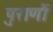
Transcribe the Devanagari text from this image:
पुराणौं